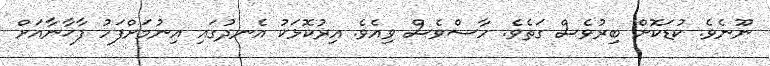
ނޫނެވެ. ކުޑަކޮށް ބިރުވެސް ގަތެވެ. ހާސްވެސް ވިއެވެ. އިރުކޮޅަކު އެނދުގައި އިނުމަށްފަހު ފާޚާނާއަށް